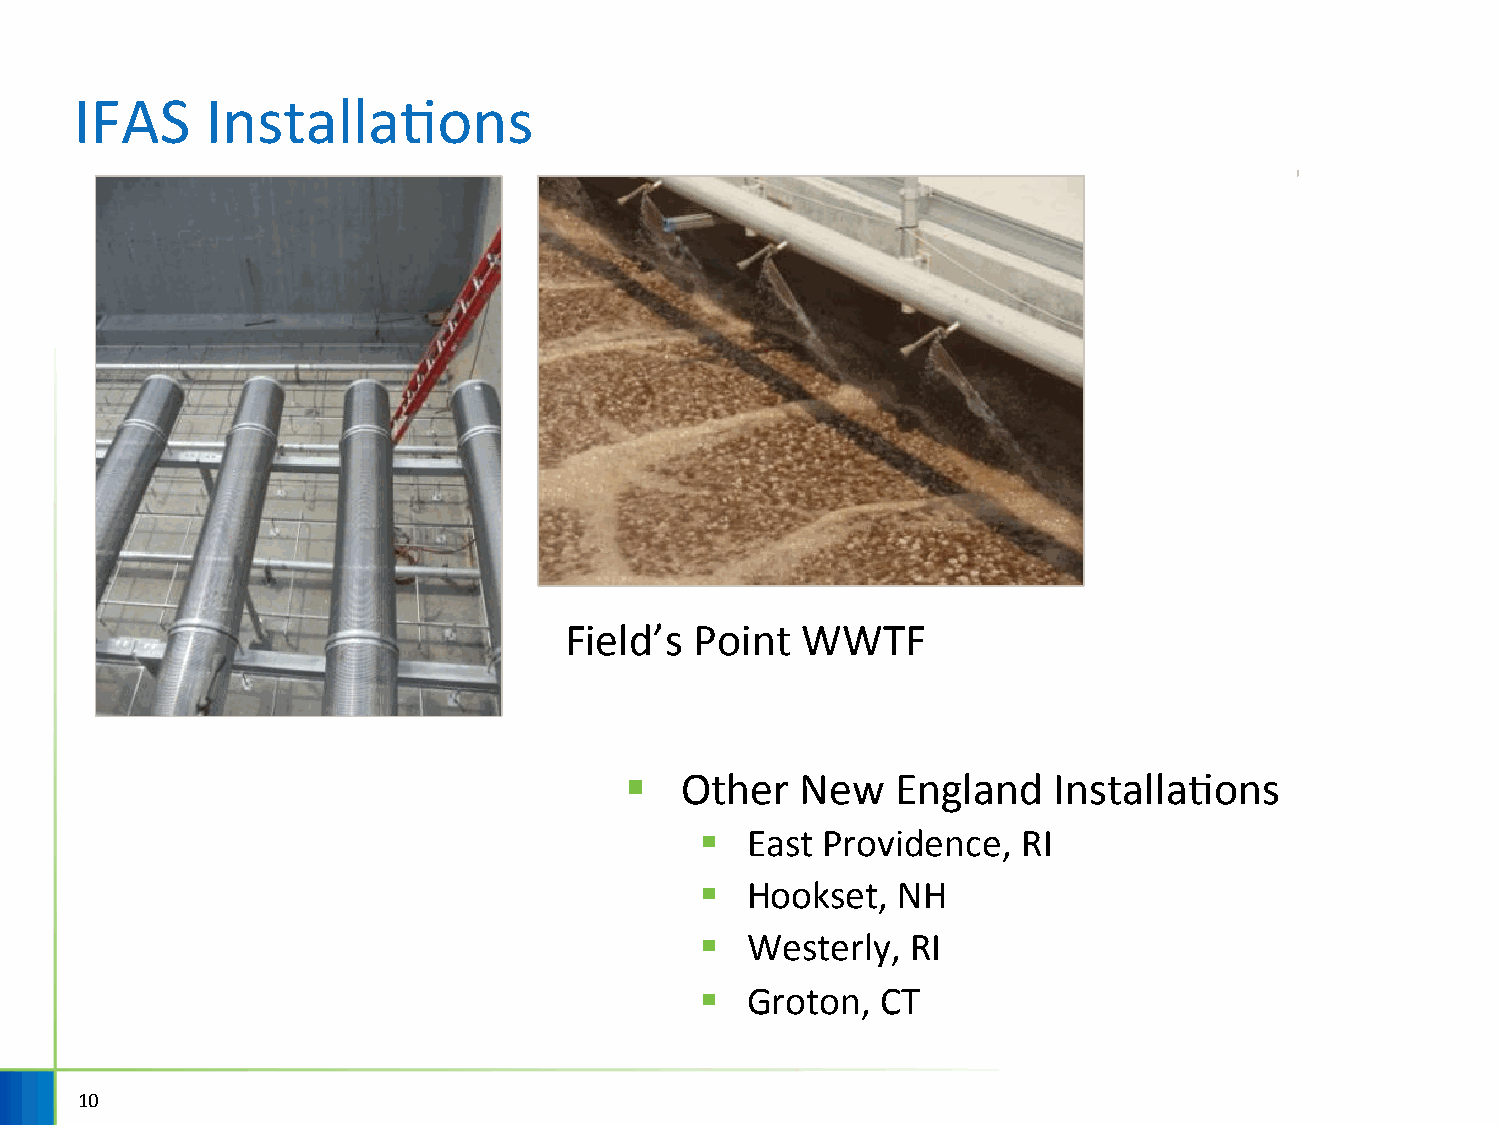
IFAS     InstallaHons
 Field’s  Point  WWTF
 §   Other   New   England    InstallaHons
 §  East Providence,   RI
 §  Hookset,  NH
 §  Westerly,  RI
 §  Groton,  CT
 10